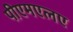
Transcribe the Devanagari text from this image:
पीएमएलए